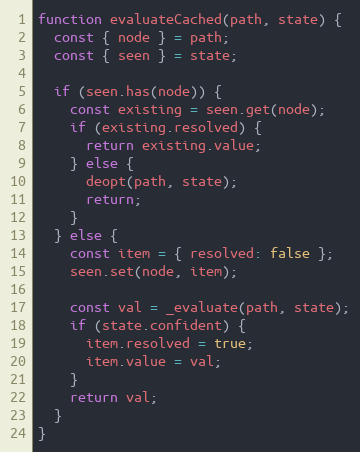
Language: JavaScript
function evaluateCached(path, state) {
  const { node } = path;
  const { seen } = state;

  if (seen.has(node)) {
    const existing = seen.get(node);
    if (existing.resolved) {
      return existing.value;
    } else {
      deopt(path, state);
      return;
    }
  } else {
    const item = { resolved: false };
    seen.set(node, item);

    const val = _evaluate(path, state);
    if (state.confident) {
      item.resolved = true;
      item.value = val;
    }
    return val;
  }
}